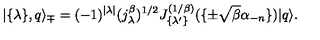
| \{ \lambda \} , q \rangle _ { \mp } = ( - 1 ) ^ { | \lambda | } ( j _ { \lambda } ^ { \beta } ) ^ { 1 / 2 } J _ { \{ \lambda ^ { \prime } \} } ^ { ( 1 / \beta ) } ( \{ \pm \sqrt { \beta } \alpha _ { - n } \} ) | q \rangle .